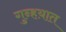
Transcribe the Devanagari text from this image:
गुन्हय़ात